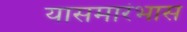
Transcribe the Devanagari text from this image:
यासमारंभास